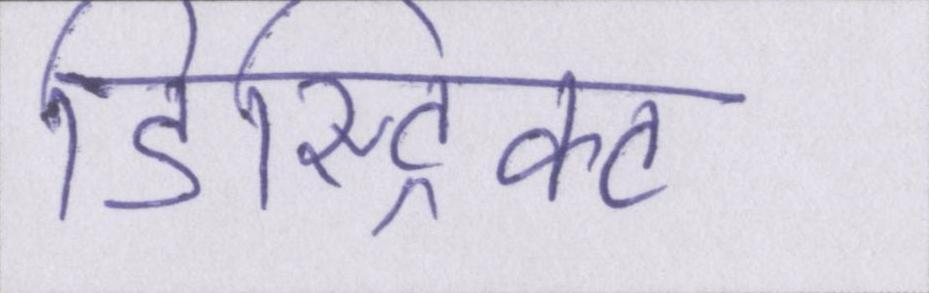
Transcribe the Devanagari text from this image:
डिस्ट्रिक्ट